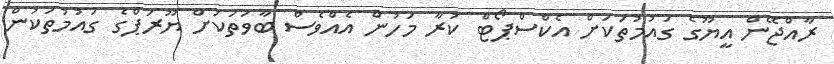
ރާއްޖޭން އީޔޫގެ ގައުމުތަކަށް އެކްސްޕޯޓް ކުރާ މަހުން އެއްވެސް ބާވަތަކަށް ޔޫރަޕްގެ ގައުމުތަކުން